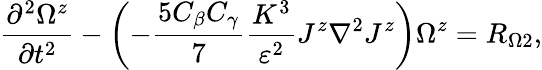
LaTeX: \frac{\partial^{2}\Omega^{z}}{\partial t^{2}}-\left({-\frac{5C_{\beta}C_{\gamma}}{7}\frac{K^{3}}{\varepsilon^{2}}J^{z}\nabla^{2}J^{z}}\right)\Omega^{z}=R_{\Omega 2},